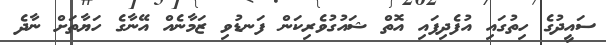
ސައީދުގެ ހިތުގައި އުފެދިފައި އޮތް ޝައުގުވެރިކަން ފަނޑުވި ޒަމާނެއް އޭނާގެ ހަޔާތަށް ނާދެ